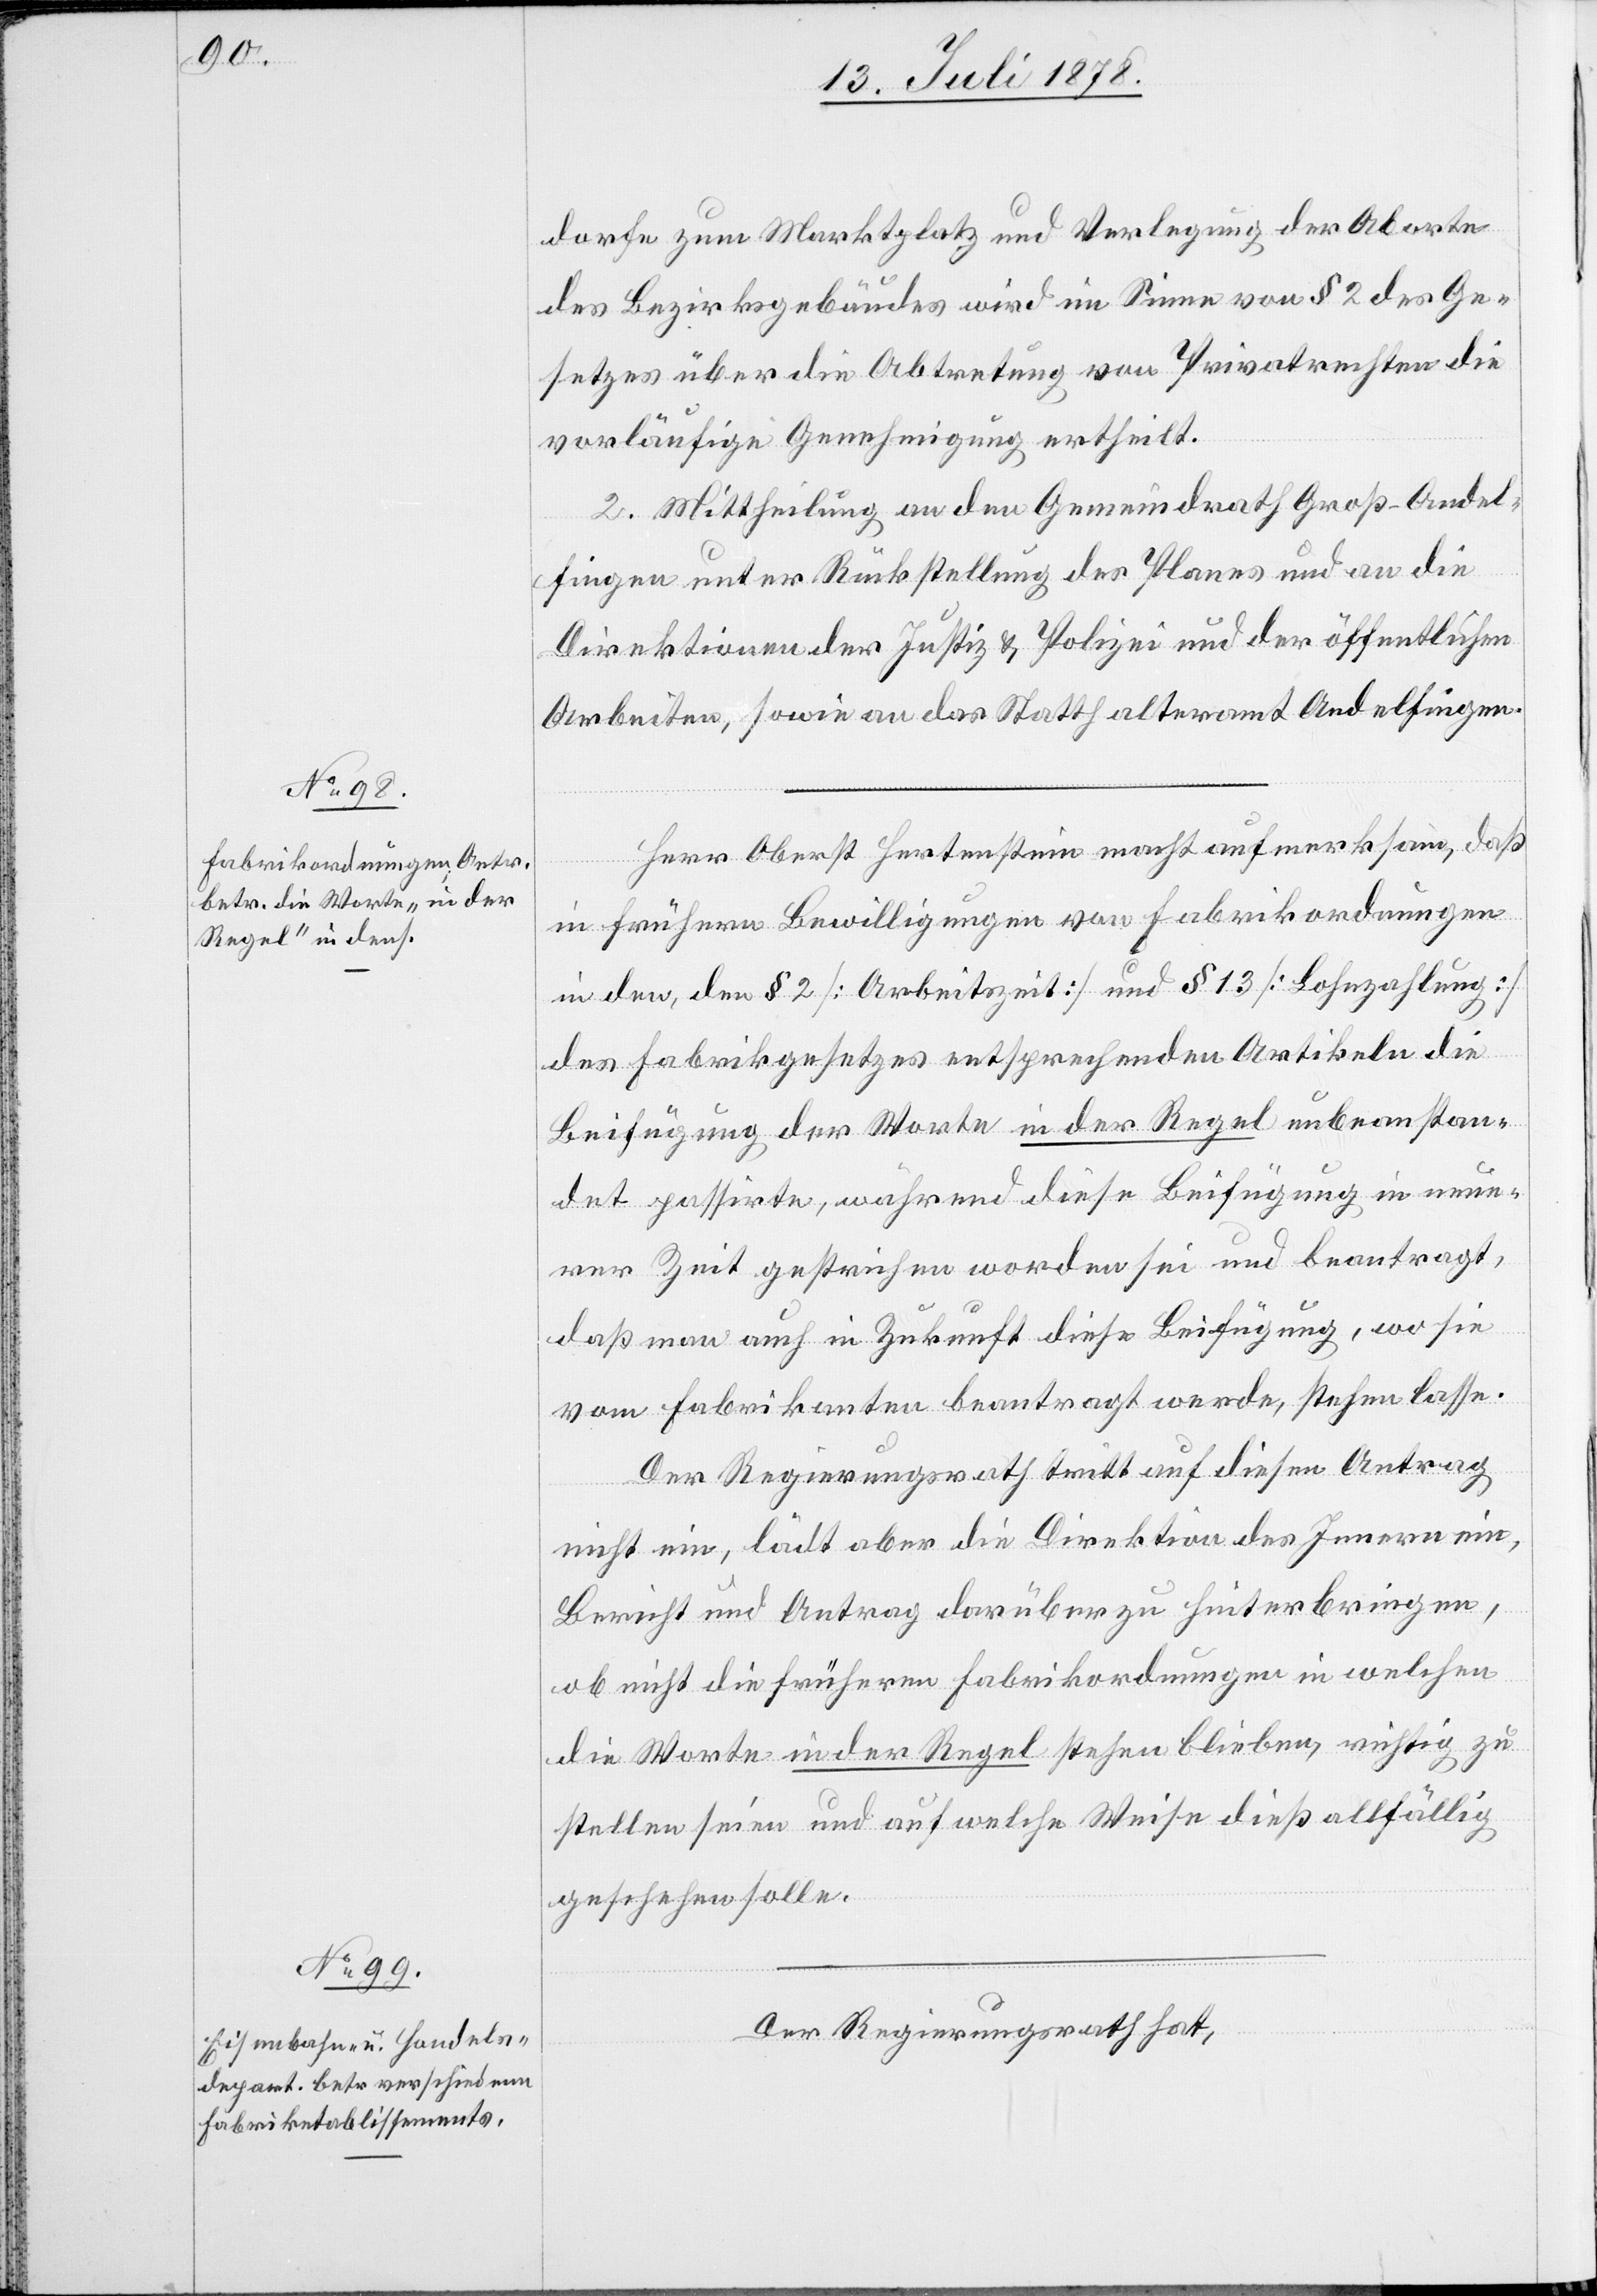
dorfe zum Marktplatz und Verlegung der Aborte
des Bezirksgebäudes wird im Sinne von § 2 des Ge¬
setzes über die Abtretung von Privatrechten die
vorläufige Genehmigung ertheilt.
2. Mittheilung an den Gemeindrath Groß-Andel¬
fingen unter Rückstellung des Planes und an die
Direktionen der Justiz & Polizei und der öffentlichen
Arbeiten, sowie an das Statthalteramt Andelfingen.
Herr Oberst Hertenstein macht aufmerksam, daß
in frühern Bewilligungen von Fabrikordnungen
in den, den § 2 [Arbeitszeit] und § 13 [Lohnzahlung]
des Fabrikgesetzes entsprechenden Artikeln die
Beifügung der Worte in der Regel unbeanstan¬
det passirte, während diese Beifügung in neue¬
rer Zeit gestrichen worden sei und beantragt,
daß man auch in Zukunft diese Beifügung, wo sie
vom Fabrikanten beantragt werde, stehen lasse.
Der Regierungsrath tritt auf diesen Antrag
nicht ein, lädt aber die Direktion des Innern ein,
Bericht und Antrag darüber zu hinterbringen,
ob nicht die frühern Fabrikordnungen in welchen
die Worte in der Regel stehen bleiben, richtig zu
stellen seien und auf welche Weise dieß allfällig
geschehen solle.
Der Regierungsrath hat,